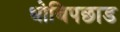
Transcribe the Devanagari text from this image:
धोबिपछाड